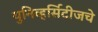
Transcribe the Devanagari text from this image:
युनिव्हर्सिटीजचे